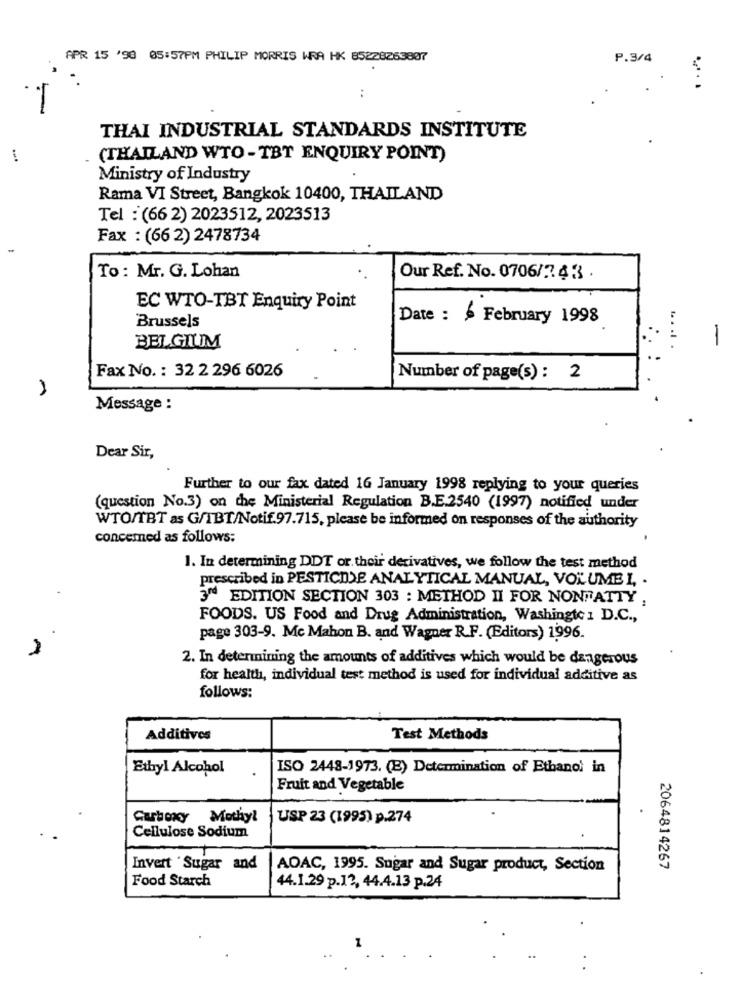
APR 15 '98 05:57PM PHILIP MORRIS WRA HK 85228263807
P.3/4
THAI INDUSTRIAL STANDARDS INSTITUTE
(THAILAND WTO -TBT ENQUIRY POINT)
Ministry of Industry
Rama VI Street, Bangkok 10400, THAILAND
Tel : (66 2) 2023512, 2023513
Fax : (66 2) 2478734
To: Mr. G. Lohan
Our Ref. No. 0706/743
EC WTO-TBT Enquiry Point
Date : $ February 1998
Brussels
-
BELGIUM
Fax No. : 32 2 296 6026
Number of page(s) : 2
Message :
Dear Sir,
Further to our fax dated 16 January 1998 replying to your queries
(question No.3) on the Ministerial Regulation B.E.2540 (1997) notified under
WTO/TBT as G/TBT/Notif.97.715, please be informed on responses of the authority
concerned as follows:
1. In determining DDT or their derivatives, we follow the test method
prescribed in PESTICIDE ANALYTICAL MANUAL, VOLUME I, .
3rd EDITION SECTION 303 : METHOD II FOR NONFATTY .
FOODS. US Food and Drug Administration, Washingte 1 D.C .,
page 303-9. Mc Mahon B. and Wagner R.F. (Editors) 1996.
2. In determining the amounts of additives which would be dangerous
for health, individual test method is used for individual additive as
follows:
Additives
Test Methods
Ethyl Alcohol
ISO 2448-1973. (B) Determination of Ethanol in
Fruit and Vegetable
Carboxy Methyl
USP 23 (1995) p.274
Cellulose Sodium
Invert 'Sugar and
AOAC, 1995. Sugar and Sugar product, Section
2064814267
Food Starch
44.1.29 p.13, 44.4.13 p.24